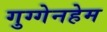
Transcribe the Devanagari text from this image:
गुग्गेनहेम